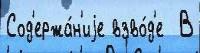
Сод'ержа́н'иjе взво́д'е  В